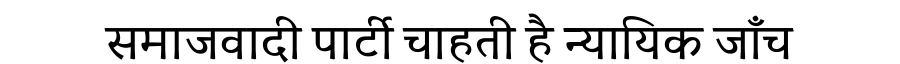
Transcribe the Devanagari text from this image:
समाजवादी पार्टी चाहती है न्यायिक जाँच